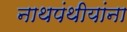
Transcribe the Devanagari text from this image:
नाथपंथीयांना